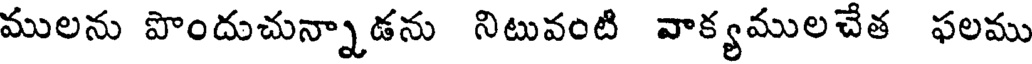
ములను పొందుచున్నాడను నిటువంటి వాక్యములచేత ఫలము